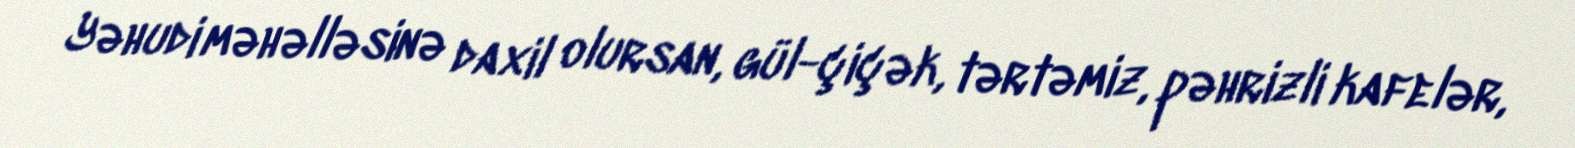
Yəhudi məhəlləsinə daxil olursan, gül-çiçək, tərtəmiz, pəhrizli kafelər,